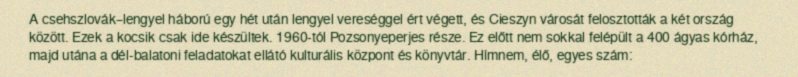
A csehszlovák–lengyel háború egy hét után lengyel vereséggel ért végett, és Cieszyn városát felosztották a két ország között. Ezek a kocsik csak ide készültek. 1960-tól Pozsonyeperjes része. Ez előtt nem sokkal felépült a 400 ágyas kórház, majd utána a dél-balatoni feladatokat ellátó kulturális központ és könyvtár. Hímnem, élő, egyes szám: